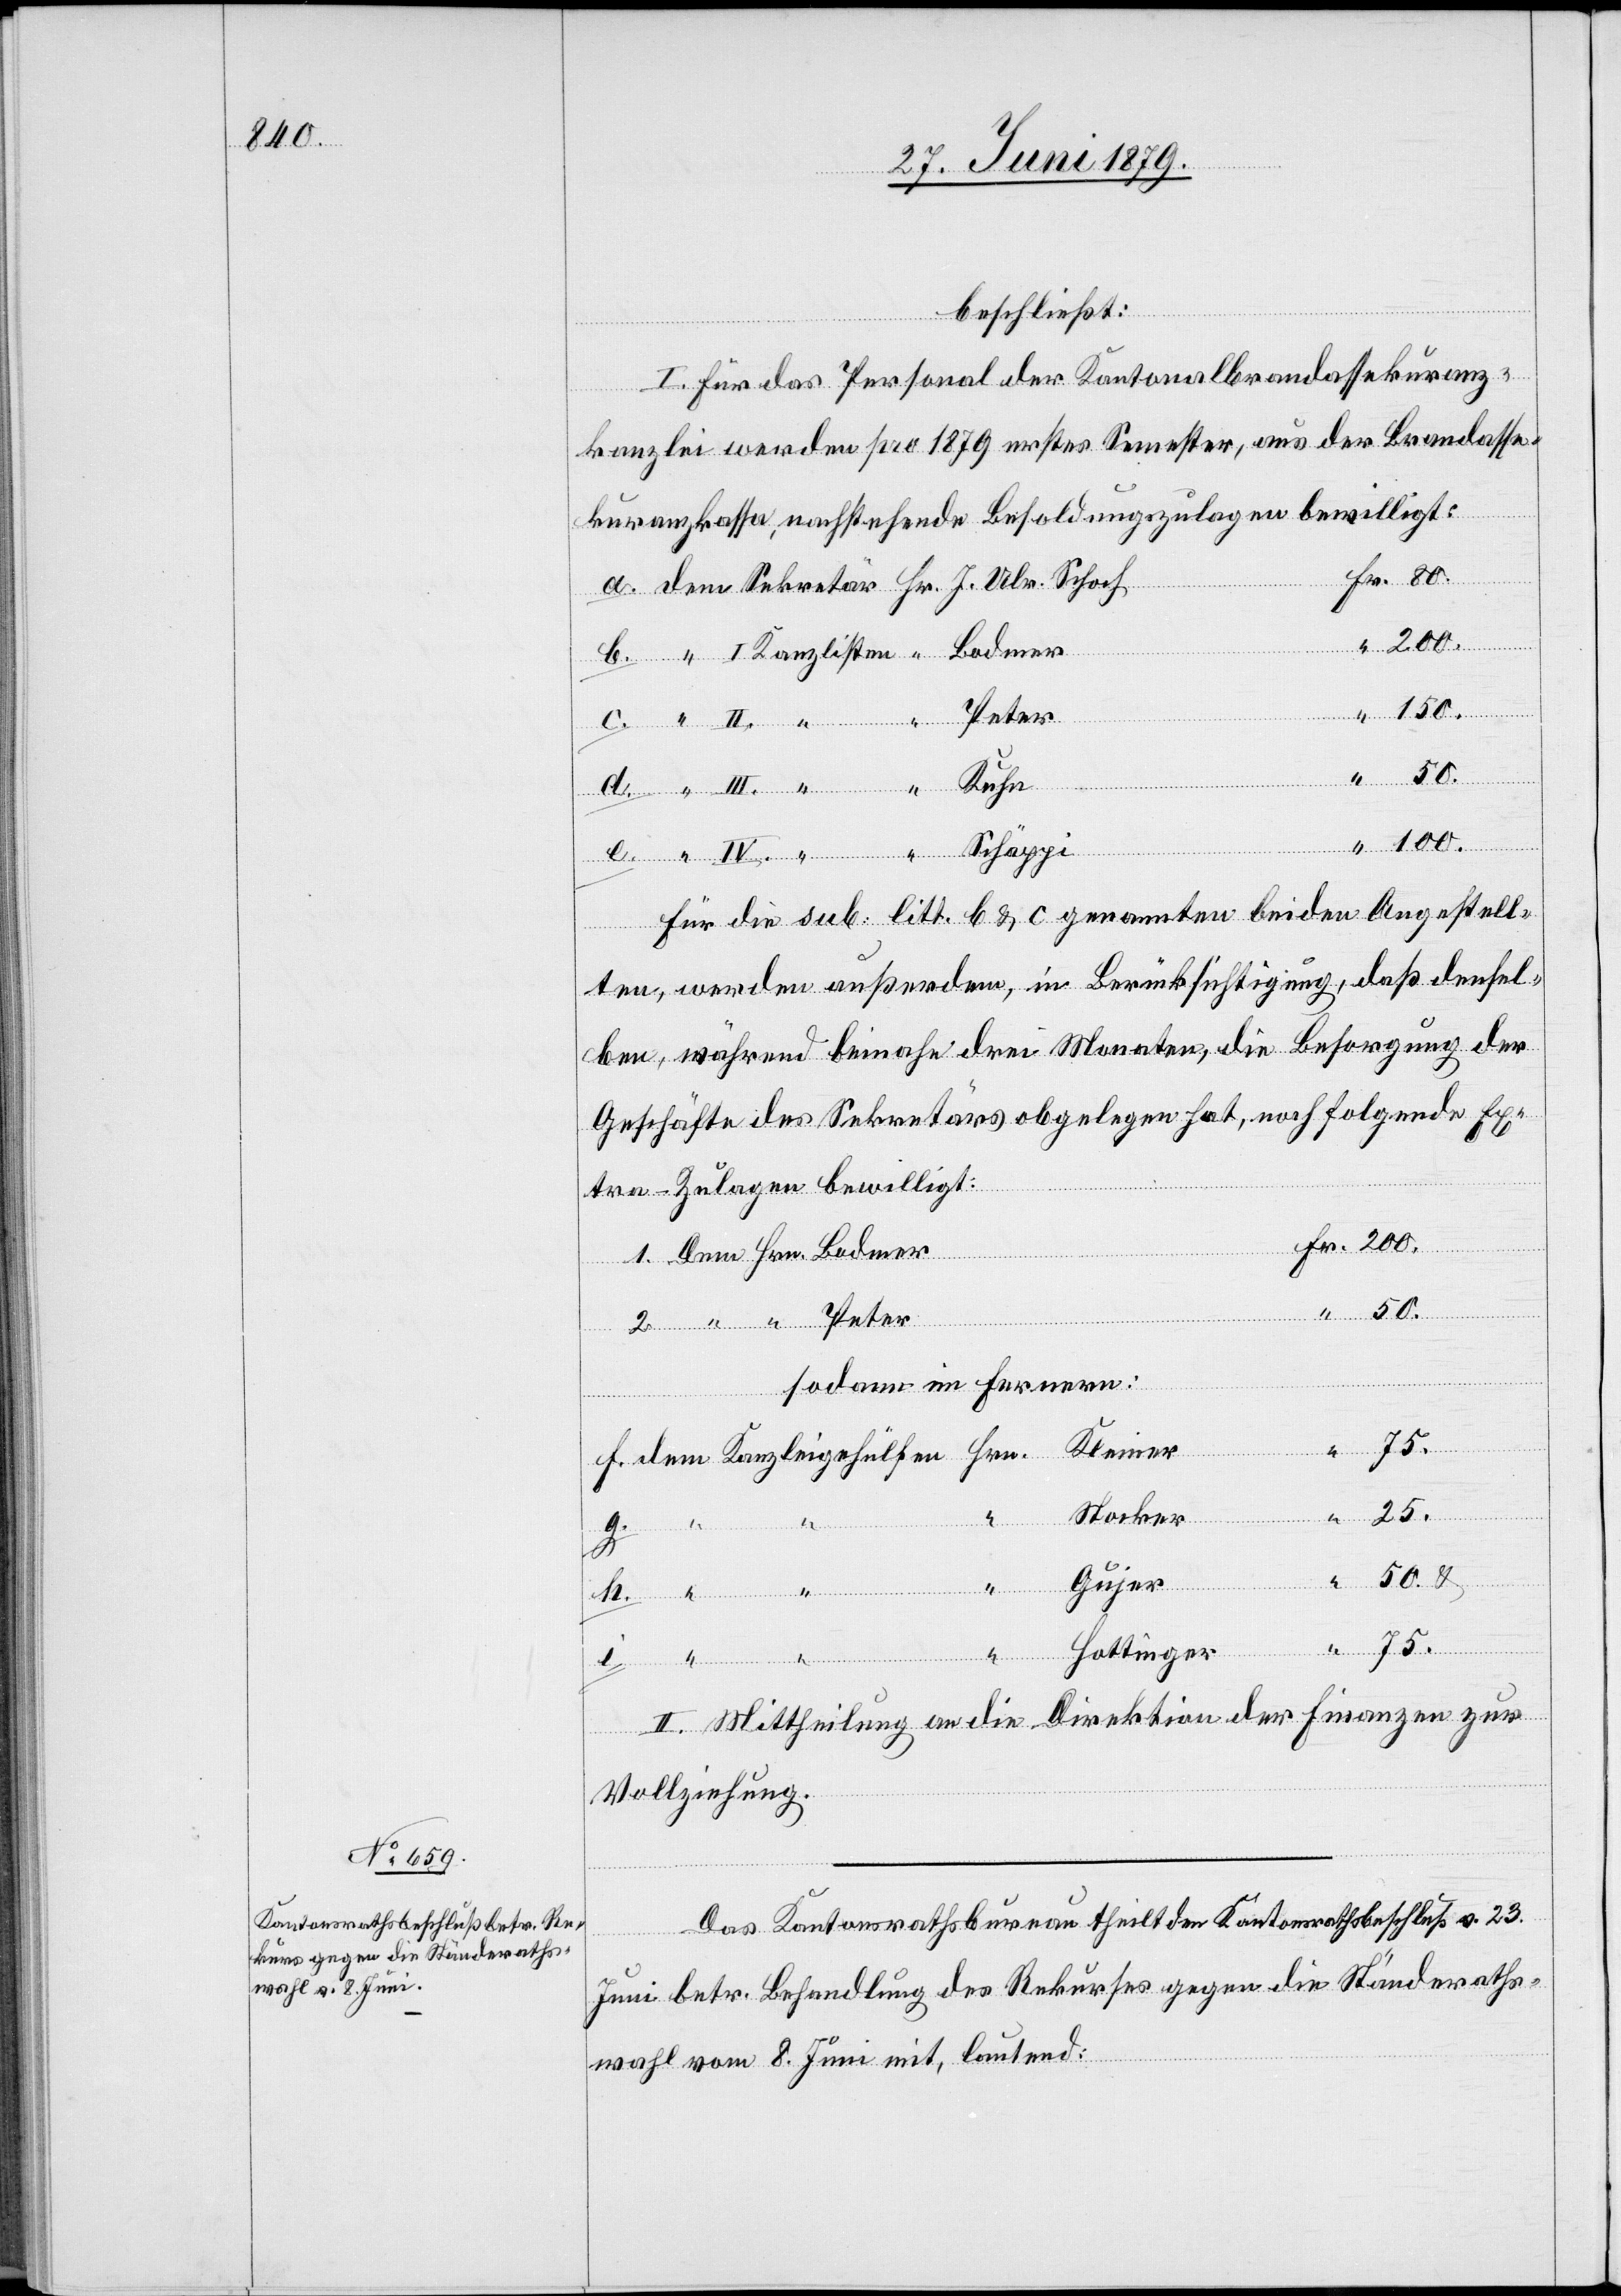
beschließt:
I. Für das Personal der Kantonalbrandassekuranz¬
kanzlei werden pro 1879 erstes Semester, aus der Brandasse¬
kuranzkassa, nachstehende Besoldungszulagen bewilligt:
50.
f.
Schäppi
Für die sub. litt. b & c genannten beiden Angestell¬
ten, werden außerdem, in Berücksichtigung, daß densel¬
ben, während beinahe drei Monaten, die Besorgung der
Geschäfte des Sekretärs obgelegen hat, noch folgende Ex¬
tra-Zulagen bewilligt:
Peter
sodann im Fernern:
Kleiner
dem
Stocker
2.
“
“
Gujer
i.
Hottinger
“
Kanzleigehülfen
75.
h.
II. Mittheilung an die Direktion der Finanzen zur
Vollziehung.
Das Kantonsrathsbureau theilt den Kantonsrathsbeschluß v. 23.
Juni betr. Behandlung des Rekurses gegen die Ständeraths¬
wahl vom 8. Juni mit, lautend: